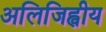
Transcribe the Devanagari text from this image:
अलिजिह्वीय